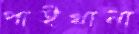
পাইখানা